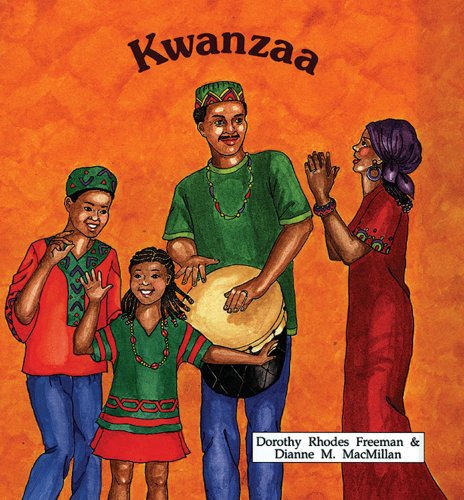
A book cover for Kwanzaa (Best Holiday Books); Dorothy Rhodes Freeman; Children's Books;